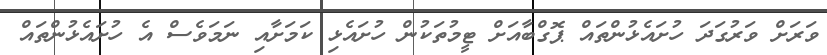
ވަރަށް ވަރުގަދަ ހުށައެޅުންތައް ޕޮގްބާއަށް ޓީމުތަކުން ހުށައެޅި ކަމަށާއި ނަމަވެސް އެ ހުށައެޅުންތައް